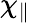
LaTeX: \chi_{\| }